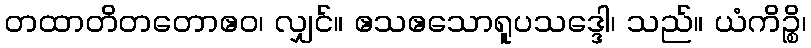
တထာတိတတောဧဝ၊ လျှင်။ ဧသဧသောရူပသဒ္ဒေါ၊ သည်။ ယံကိဉ္စိ၊